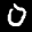
Label: 0